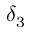
\delta _ { 3 }